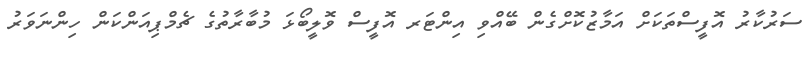
ސަރުކާރު އޮފީސްތަކަށް އަމާޒުކޮށްގެން ބޭއްވި އިންޓަރ އޮފީސް ވޮލީބޯޅަ މުބާރާތުގެ ޗެމްޕިއަންކަން ހިންނަވަރު